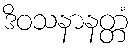
ဒိဝသနာနတ္တံ